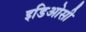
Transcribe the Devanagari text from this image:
इडिओसी